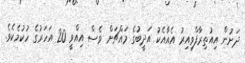
ދަށުން އިއުތިރާފްވިއިރު އެއާއެކު އަދީބުގެ މައްޗަށް ވެސް އިއްވީ 20 އަހަރުގެ ހުކުމެކެވެ.